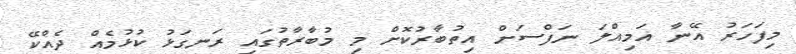
މިފަހަރު އޭނާ އަމިއްލަ ނަފްސަށް އިތުބާރުކޮށް މި މުބާރާތުގައި ރަނގަޅު ކުޅުމެއް ދެއްކޭ